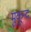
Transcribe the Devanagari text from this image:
मुकून्द